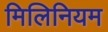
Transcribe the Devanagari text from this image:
मिलिनियम